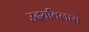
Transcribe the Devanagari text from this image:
उदयविलास